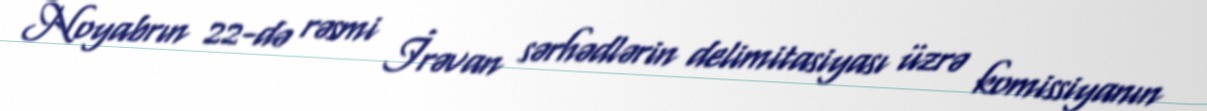
Noyabrın 22-də rəsmi İrəvan sərhədlərin delimitasiyası üzrə komissiyanın